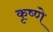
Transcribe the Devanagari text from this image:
कृष्णे